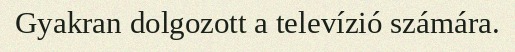
Gyakran dolgozott a televízió számára.